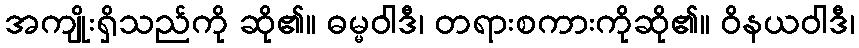
အကျိုးရှိသည်ကို ဆို၏။ ဓမ္မဝါဒီ၊ တရားစကားကိုဆို၏။ ဝိနယဝါဒီ၊